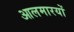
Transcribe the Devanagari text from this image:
आलमारयों